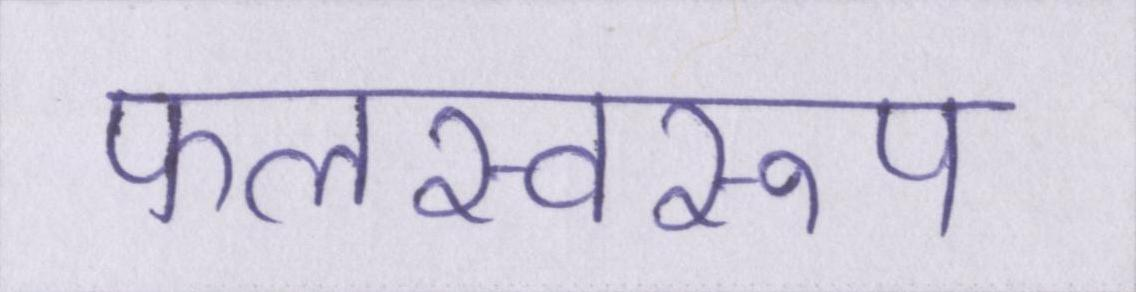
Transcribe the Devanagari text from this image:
फलस्वरूप